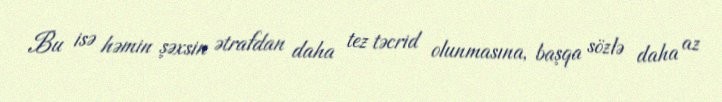
Bu isə həmin şəxsin ətrafdan daha tez təcrid olunmasına, başqa sözlə daha az